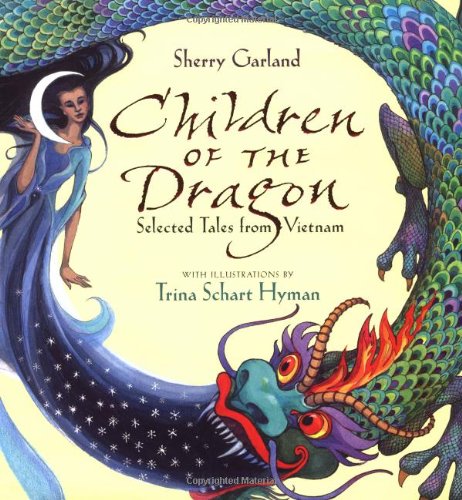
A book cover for Children of the Dragon: Selected Tales from Vietnam; Sherry Garland; Children's Books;